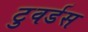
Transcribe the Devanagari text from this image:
टुवर्डस